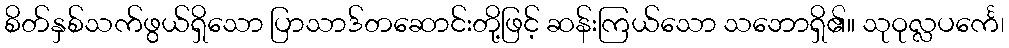
စိတ်နှစ်သက်ဖွယ်ရှိသော ပြာသာဒ်တဆောင်းတို့ဖြင့် ဆန်းကြယ်သော သဘောရှိ၏။ သုဝုလ္လပင်္ကေ၊